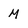
Character: M